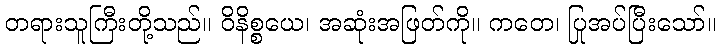
တရားသူကြီးတို့သည်။ ဝိနိစ္စယေ၊ အဆုံးအဖြတ်ကို။ ကတေ၊ ပြုအပ်ပြီးသော်။